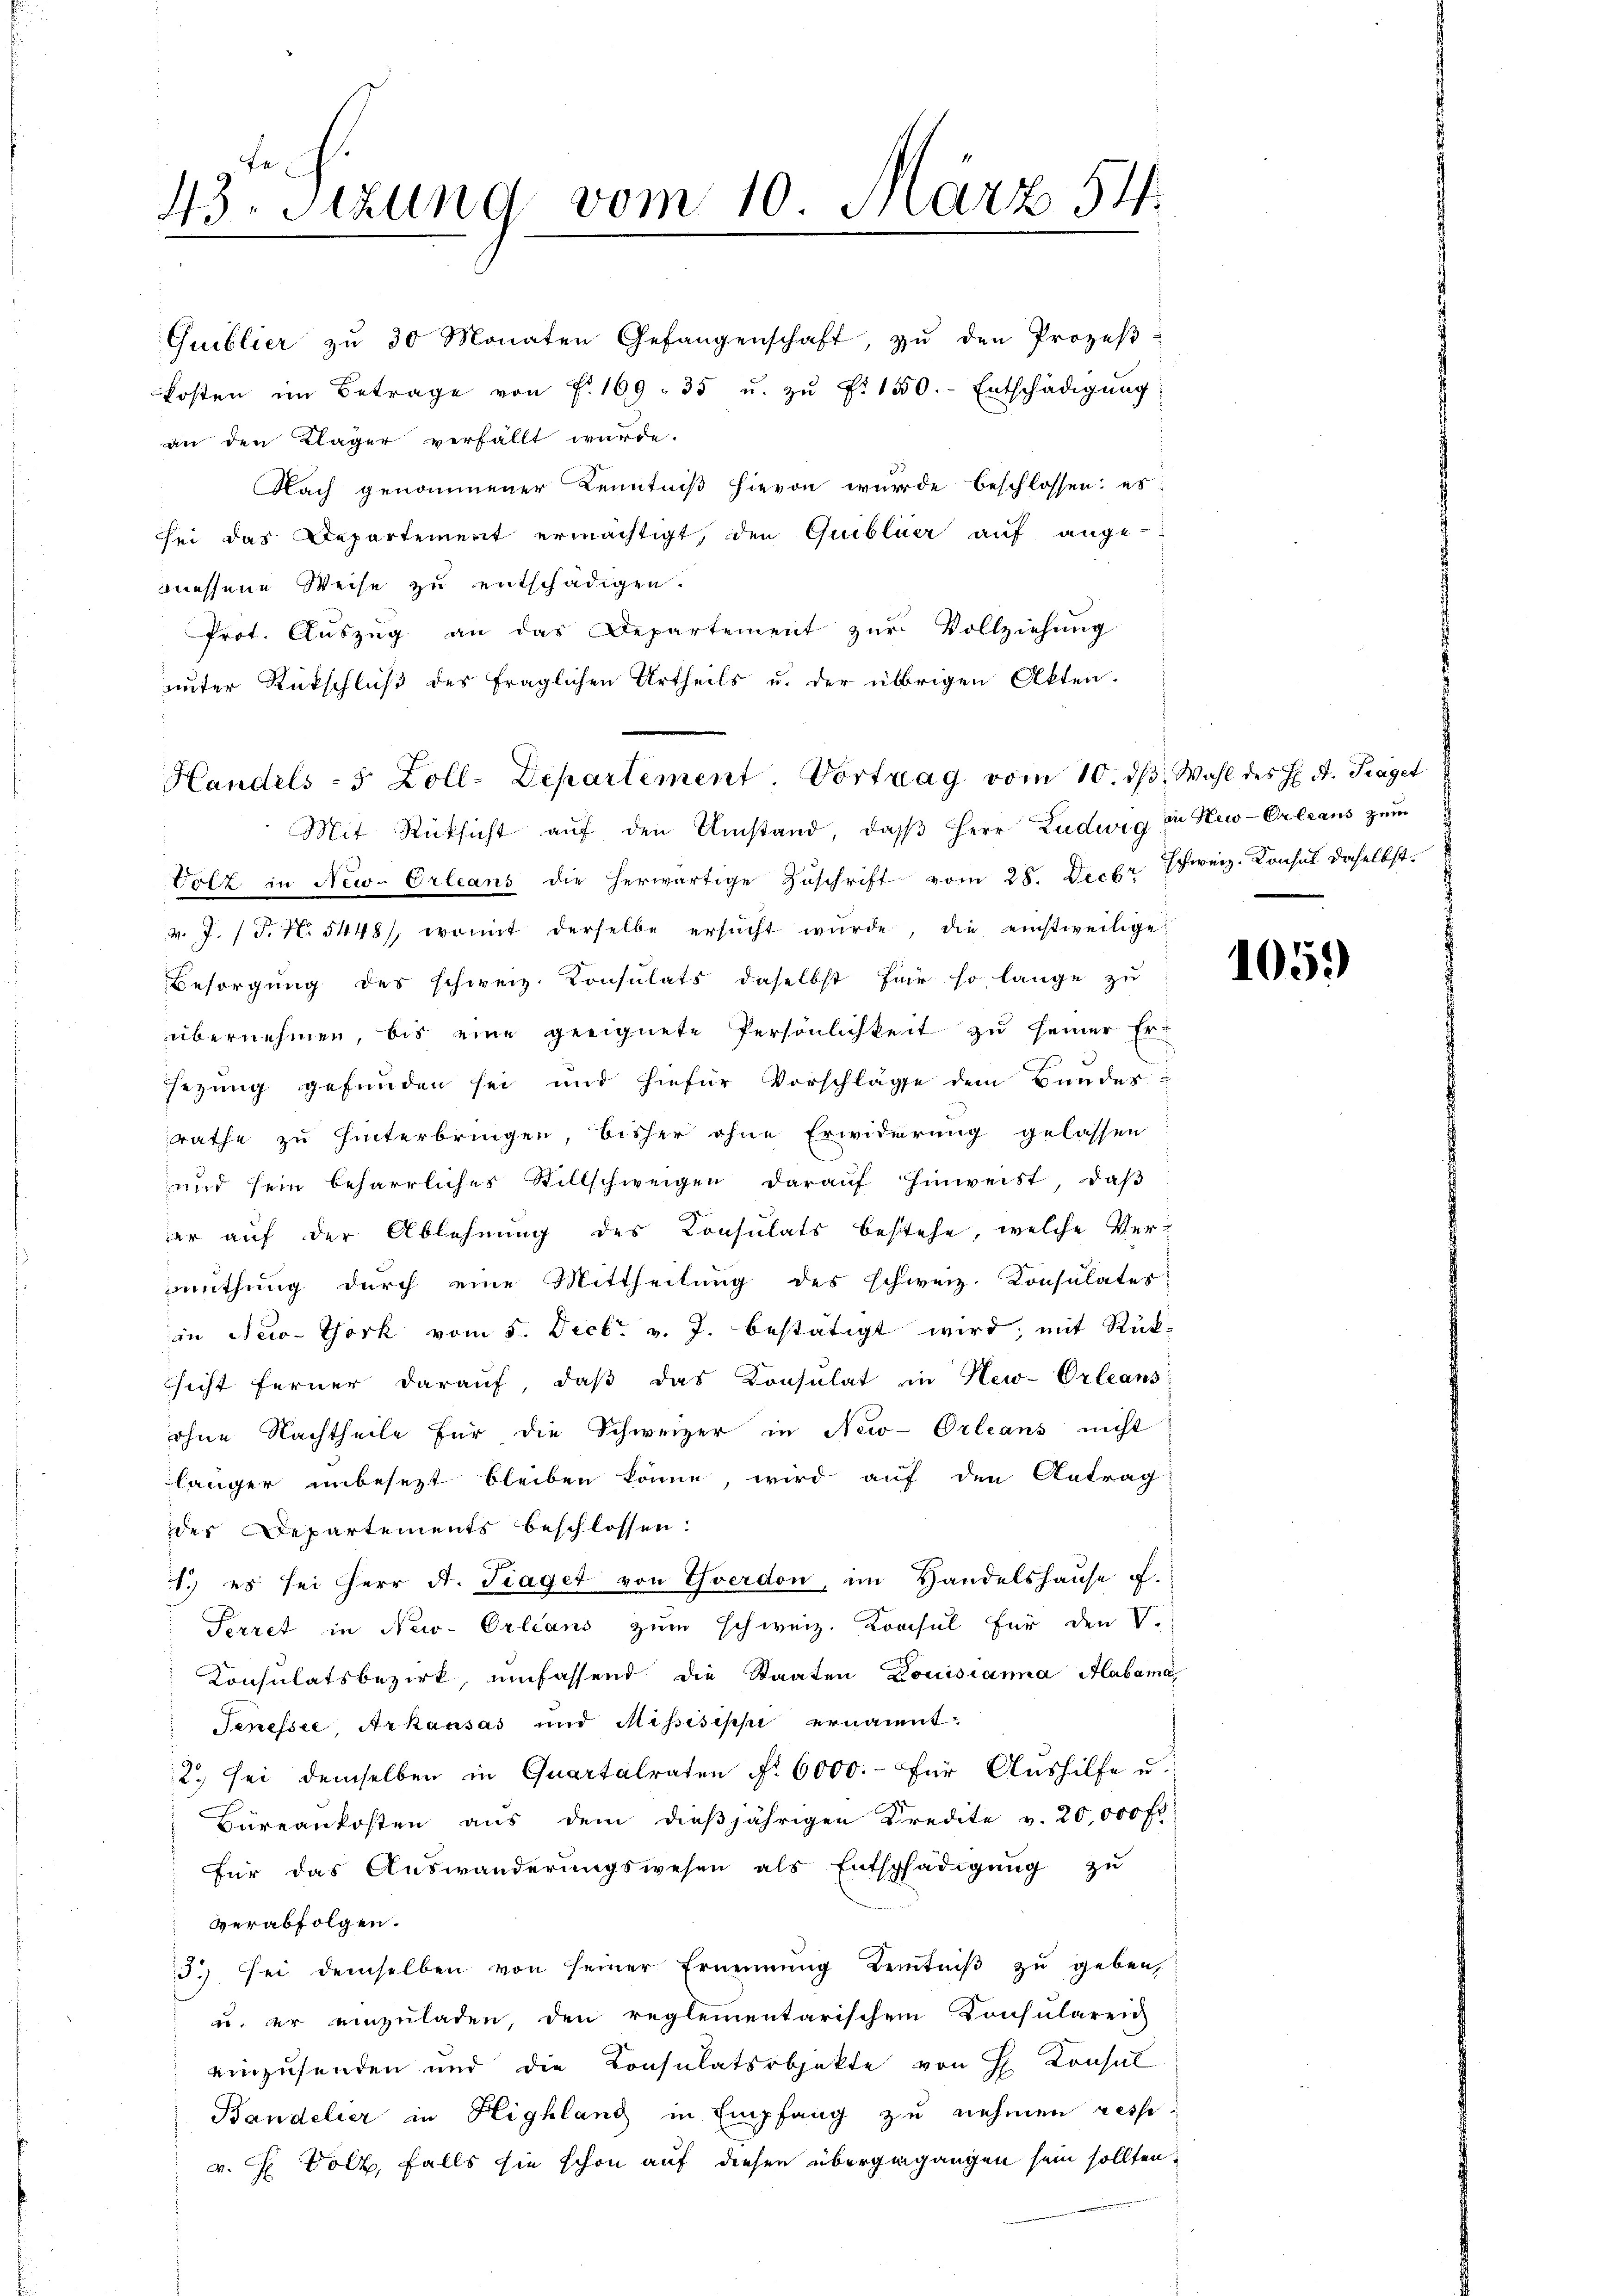
43. Seizung vom 10. März 54.

Prot. Aŭszŭg an das Departement zŭr Vollziehung
unter Rückschluß des fraglichen Urtheils u. der übrigen Akten.
Mit Rücksicht aŭf den Umstand, daβ Herr Ludwig in New-Orleans zum
Volz in New-Orleans die herwärtige Zŭschrift vom 28. Decbr Schweiz. Konsul daselbst
v. J. / 5. No. 5448, womit derselbe ersŭcht wŭrde, die einstweilige
Besorgung des schweiz. Konsulats daselbst für so lange zu
übernehmen, bis eine geeignete Persönlichkeit zu seiner Er-
sezung gefunden sei und hiefür Vorschläge dem Bundes-
rathe zu hinterbringen, bisher ohne Erwiderung gelassen
und sein beharrlicher Stillschweigen daraŭf hinweist, daβ
er auf der Ablehnung des Consulats bestehe, welche Vermuthung durch eine Mittheilung des schweiz. Consulates
in New-York vom 5. Decbr. v. J. bestätigt wird, mit Rücksicht ferner daraŭf, daβ das Konsulat in New-Orleans
ohne Nachtheile für die Schweizer in New-Orleans nicht
länger unbesezt bleiben könne, wird auf den Antrag
der Departements beschlossen:
1.) es sei Herr A. Traget von Yverdon, im Handelshause ff.
Perret in New-Orleans zum schweiz. Krasul für den V.
Konsulatsbezirk, umfassend die Staaten Louisianna Habama,
Tenessee, Arkausas und Missisippi ernannt
12. Sei demselben in Quartalraten No 6000.- für Aushilfe u.
Büreaukosten aus dem dießjährigen Kredite v. 20,000 Fr.
Für das Auswanderungswesen als Entschädigŭng zu
verabfolgen.
3) sei demselben von seiner Ernennung Kenntniβ zŭ geben,
u. der einzuladen, den reglementarischen Consularen
einzusenden und die Consulatsobjekte von H Consul
Bandelier in Highlang in Empfang zu nehmen resse
v. H. Volk, falls sie schon auf diesen übergegangen sein sollten.

Gueblier zŭ 30 Monaten Gefangenschaft, zŭ den Prozeβ-
kosten im Betrage von F. 169. 35 u. zŭ Fr. 150.- Entschädigŭng
an den Kläger verfällt wurde.
Nach genommener Kenntniß hievon wurde beschlossen; es
sei das Departement ermächtigt, den Quibliter auf ange-
messene Weise zu entschädigen.

Handels- 5 Zoll-Departement. Vortrag vom 10. ds. Wahl des H. d. Traget

105.)